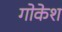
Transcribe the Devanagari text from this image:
गोकेश